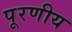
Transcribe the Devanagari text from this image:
पूरणीय